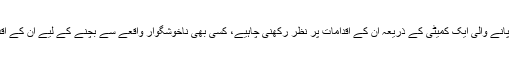
خطے میں مزید تناؤ سے بچنے کے لیے اقومِ متحدہ کی سلامتی کونسل کی نگرانی میں تشکیل پانے والی ایک کمیٹی کے ذریعہ ان کے اقدامات پر نظر رکھنی چاہیے، کسی بھی ناخوشگوار واقعے سے بچنے کے لیے ان کے اقدامات کو فوری طور پر 5 اگست کی بھارتی مقبوضہ کشمیر کی پوزیشن پر واپس لانا چاہیے۔